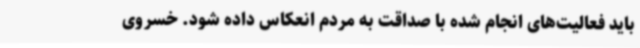
باید فعالیت‌های انجام شده با صداقت به مردم انعکاس داده شود. خسروی